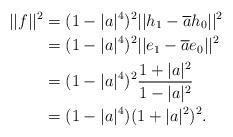
LaTeX: \begin{align*}||f||^2&=(1-|a|^4)^2||h_1-\overline{a}h_0||^2\\&=(1-|a|^4)^2||e_1-\overline{a}e_0||^2\\&=(1-|a|^4)^2\frac{1+|a|^2}{1-|a|^2}\\&=(1-|a|^4)(1+|a|^2)^2.\end{align*}